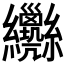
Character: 𦈄